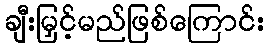
ချီးမြှင့်မည်ဖြစ်ကြောင်း